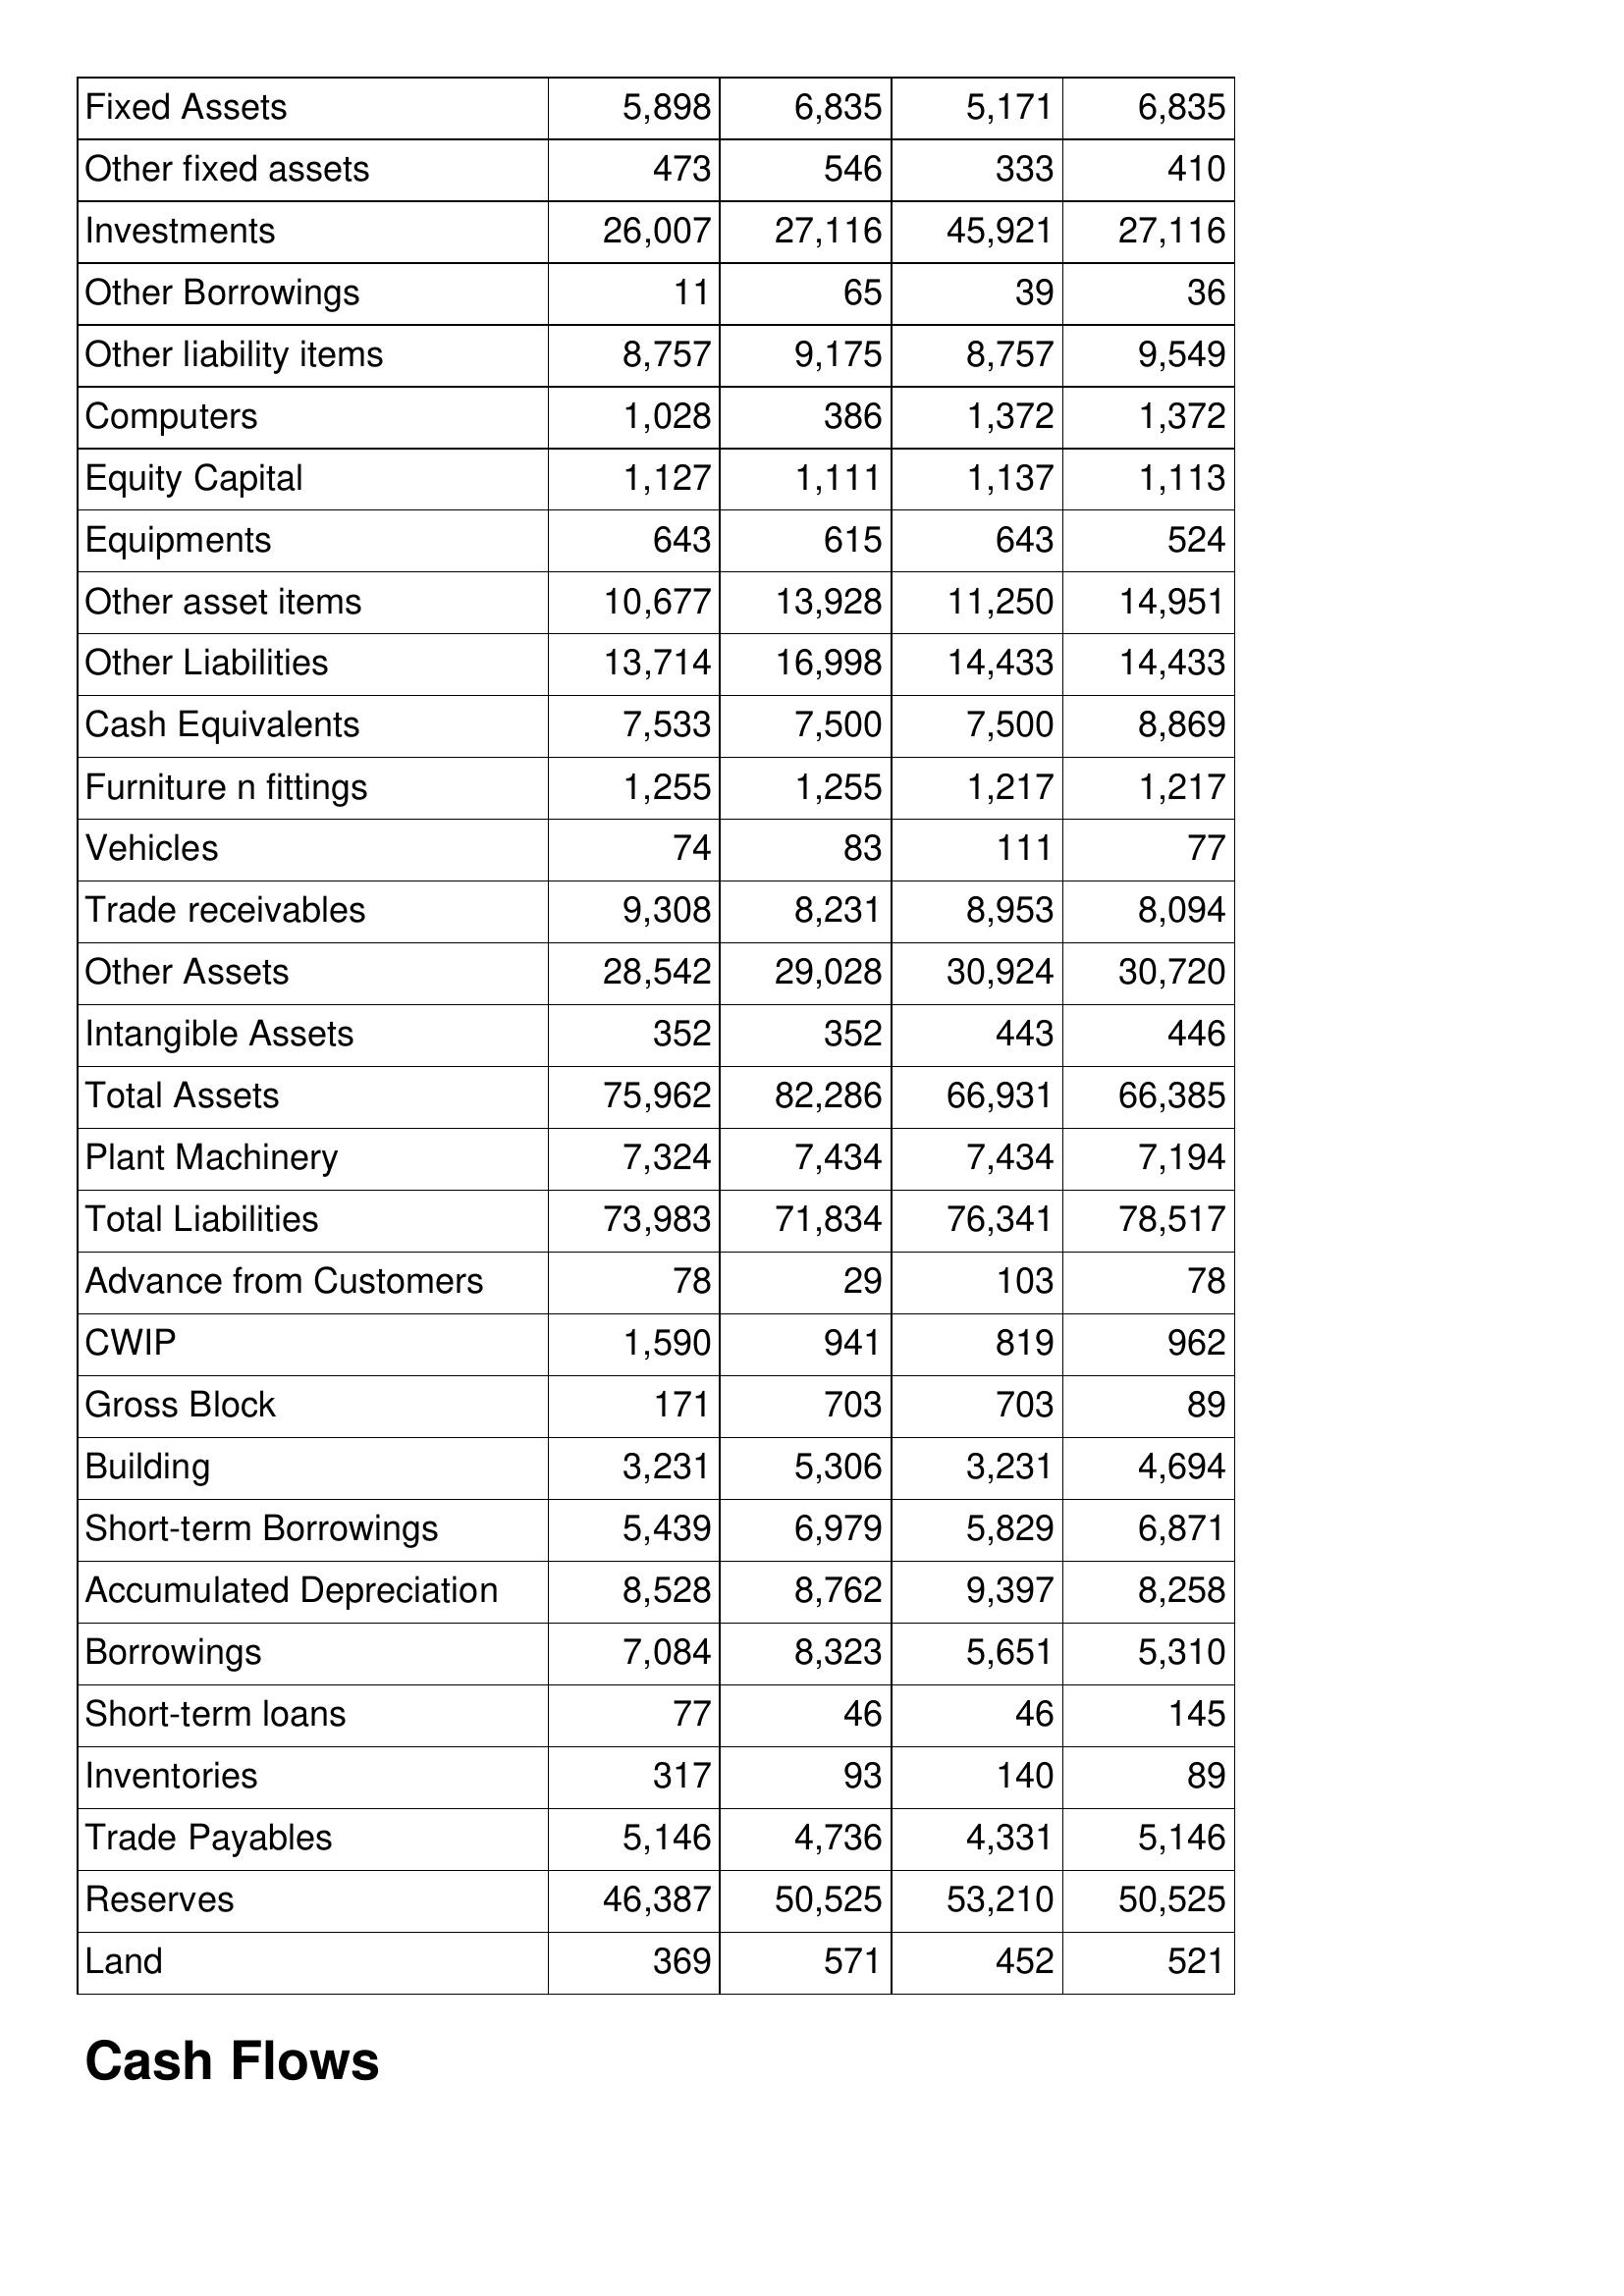
Oct-12: Balance Sheet: Fixed Assets: 5,898
Other fixed assets: 473
Investments: 26,007
Other Borrowings: 11
Other liability items: 8,757
Computers: 1,028
Equity Capital: 1,127
Equipments: 643
Other asset items: 10,677
Other Liabilities: 13,714
Cash Equivalents: 7,533
Furniture n fittings: 1,255
Vehicles: 74
Trade receivables: 9,308
Other Assets: 28,542
Intangible Assets: 352
Total Assets: 75,962
Plant Machinery: 7,324
Total Liabilities: 73,983
Advance from Customers: 78
CWIP: 1,590
Gross Block: 171
Building: 3,231
Short-term Borrowings: 5,439
Accumulated Depreciation: 8,528
Borrowings: 7,084
Short-term loans: 77
Inventories: 317
Trade Payables: 5,146
Reserves: 46,387
Land: 369
Oct-11: Balance Sheet: Fixed Assets: 6,835
Other fixed assets: 546
Investments: 27,116
Other Borrowings: 65
Other liability items: 9,175
Computers: 386
Equity Capital: 1,111
Equipments: 615
Other asset items: 13,928
Other Liabilities: 16,998
Cash Equivalents: 7,500
Furniture n fittings: 1,255
Vehicles: 83
Trade receivables: 8,231
Other Assets: 29,028
Intangible Assets: 352
Total Assets: 82,286
Plant Machinery: 7,434
Total Liabilities: 71,834
Advance from Customers: 29
CWIP: 941
Gross Block: 703
Building: 5,306
Short-term Borrowings: 6,979
Accumulated Depreciation: 8,762
Borrowings: 8,323
Short-term loans: 46
Inventories: 93
Trade Payables: 4,736
Reserves: 50,525
Land: 571
Oct-10: Balance Sheet: Fixed Assets: 5,171
Other fixed assets: 333
Investments: 45,921
Other Borrowings: 39
Other liability items: 8,757
Computers: 1,372
Equity Capital: 1,137
Equipments: 643
Other asset items: 11,250
Other Liabilities: 14,433
Cash Equivalents: 7,500
Furniture n fittings: 1,217
Vehicles: 111
Trade receivables: 8,953
Other Assets: 30,924
Intangible Assets: 443
Total Assets: 66,931
Plant Machinery: 7,434
Total Liabilities: 76,341
Advance from Customers: 103
CWIP: 819
Gross Block: 703
Building: 3,231
Short-term Borrowings: 5,829
Accumulated Depreciation: 9,397
Borrowings: 5,651
Short-term loans: 46
Inventories: 140
Trade Payables: 4,331
Reserves: 53,210
Land: 452
Oct-09: Balance Sheet: Fixed Assets: 6,835
Other fixed assets: 410
Investments: 27,116
Other Borrowings: 36
Other liability items: 9,549
Computers: 1,372
Equity Capital: 1,113
Equipments: 524
Other asset items: 14,951
Other Liabilities: 14,433
Cash Equivalents: 8,869
Furniture n fittings: 1,217
Vehicles: 77
Trade receivables: 8,094
Other Assets: 30,720
Intangible Assets: 446
Total Assets: 66,385
Plant Machinery: 7,194
Total Liabilities: 78,517
Advance from Customers: 78
CWIP: 962
Gross Block: 89
Building: 4,694
Short-term Borrowings: 6,871
Accumulated Depreciation: 8,258
Borrowings: 5,310
Short-term loans: 145
Inventories: 89
Trade Payables: 5,146
Reserves: 50,525
Land: 521